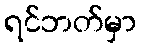
ရင်ဘတ်မှာ